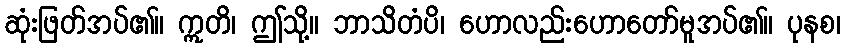
ဆုံးဖြတ်အပ်၏။ ဣတိ၊ ဤသို့။ ဘာသိတံပိ၊ ဟောလည်းဟောတော်မူအပ်၏။ ပုနစ၊